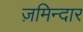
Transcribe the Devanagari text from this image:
ज़मिन्दार